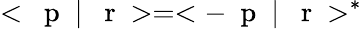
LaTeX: <\mathrm{~\mathbf~p~}\; |\; \mathrm{~\mathbf~r~}>=<-\mathrm{~\mathbf~p~}\; |\; \mathrm{~\mathbf~r~}>^{*}